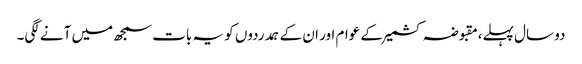
دو سال پہلے،مقبوضہ کشمیر کے عوام اور ان کے ہمدردوں کو یہ بات سمجھ میں آنے لگی۔